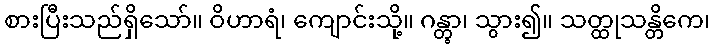
စားပြီးသည်ရှိသော်။ ဝိဟာရံ၊ ကျောင်းသို့။ ဂန္တွာ၊ သွား၍။ သတ္ထုသန္တိကေ၊